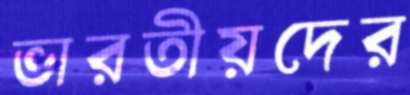
ভারতীয়দের